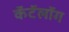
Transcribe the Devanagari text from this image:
कॅटॅलॉग